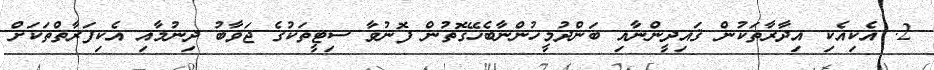
2. އެކިއެކި އިދާރާތަކުން ޤައިދީންނާއި ބަންދުމީހުންނާބެހޭގޮތުން ފޮނުވާ ސިޓީތަކުގެ ޖަވާބު ދިނުމާއި އެކިފަރާތްތަކަށް